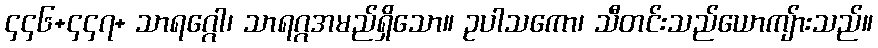
၄၄၆+၄၄၇+ သာရဂ္ဂေါ၊ သာရဂ္ဂအမည်ရှိသော။ ဥပါသကော၊ သီတင်းသည်ယောကျ်ားသည်။